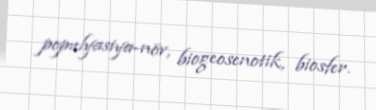
populyasiya-növ, biogeosenotik, biosfer.